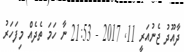
ދާއޫދު ޖެނުއަރީ 11